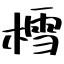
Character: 樰